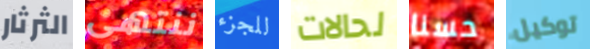
الثرثار ننتهى للجزء لحالات حسنا توكيل